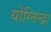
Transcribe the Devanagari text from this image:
योग्निन्द्रा